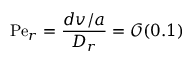
\mathrm { P e } _ { r } = \frac { d v / a } { D _ { r } } = \mathcal { O } ( 0 . 1 )